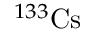
^ { 1 3 3 } \mathrm { C s }